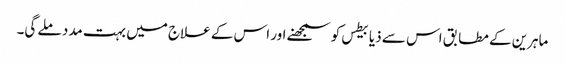
ماہرین کے مطابق اس سے ذیابیطس کو سمجھنے اور اس کے علاج میں بہت مدد ملے گی۔